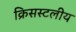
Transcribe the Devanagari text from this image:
क्रिसस्टलीय